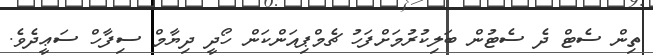
ތިން ސެޓް ދެ ސެޓުން ބަލިކުރުމަށްފަހު ޗެމްޕިއަންކަން ހޯދީ ދިޔާމް ސިފާހް ސަޢީދެވެ.